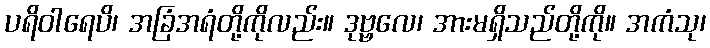
ပရိဝါရေပိ၊ အခြံအရံတို့ကိုလည်း။ ဒုဗ္ဗလေ၊ အားမရှိသည်တို့ကို။ အကံသု၊